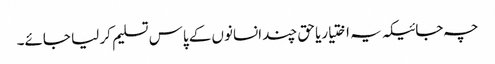
چہ جائیکہ یہ اختیاریا حق چند انسانوں کے پاس تسلیم کر لیا جائے۔